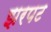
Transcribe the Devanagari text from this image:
झरपट